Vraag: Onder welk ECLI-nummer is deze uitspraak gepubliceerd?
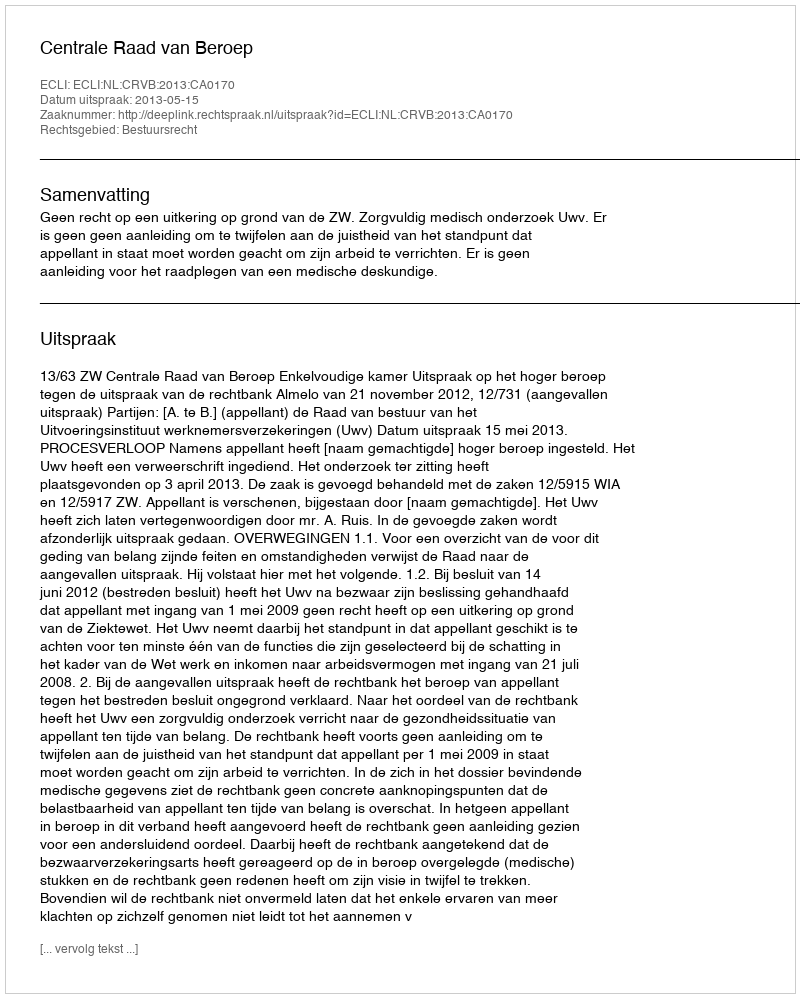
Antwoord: ECLI:NL:CRVB:2013:CA0170